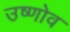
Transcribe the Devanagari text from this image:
उष्णोव